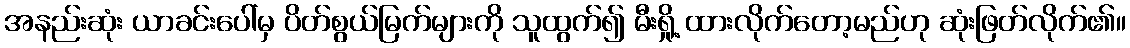
အနည်းဆုံး ယာခင်းပေါ်မှ ပိတ်စွယ်မြက်များကို သူထွက်၍ မီးရှို့ ထားလိုက်တော့မည်ဟု ဆုံးဖြတ်လိုက်၏။